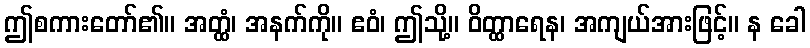
ဤစကားတော်၏။ အတ္ထံ၊ အနက်ကို။ ဧဝံ၊ ဤသို့။ ဝိတ္ထာရေန၊ အကျယ်အားဖြင့်။ န ခေါ